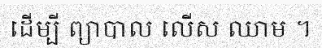
ដើម្បី ព្យាបាល លើស ឈាម ។